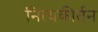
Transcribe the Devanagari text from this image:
नित्यकीर्तन